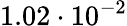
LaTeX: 1.02\cdot 10^{-2}